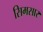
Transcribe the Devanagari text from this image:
सिमसार